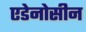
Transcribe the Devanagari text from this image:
एडेनोसीन